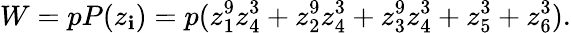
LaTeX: W=pP(z_{\mathbf{i}})=p(z_{1}^{9}z_{4}^{3}+z_{2}^{9}z_{4}^{3}+z_{3}^{9}z_{4}^{3}+z_{5}^{3}+z_{6}^{3}).